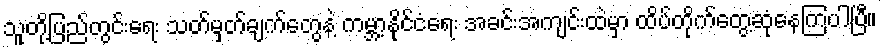
သူတို့ပြည်တွင်းရေး သတ်မှတ်ချက်တွေနဲ့ ကမ္ဘာ့နိုင်ငံရေး အခင်းအကျင်းထဲမှာ ထိပ်တိုက်တွေ့ဆုံနေကြပါပြီ။